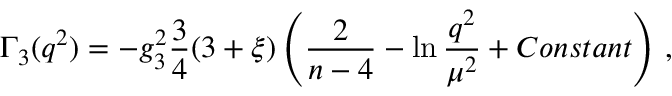
\Gamma _ { 3 } ( q ^ { 2 } ) = - g _ { 3 } ^ { 2 } \frac { 3 } { 4 } ( 3 + \xi ) \left( \frac { 2 } { n - 4 } - \ln \frac { q ^ { 2 } } { \mu ^ { 2 } } + C o n s t a n t \right) \, ,